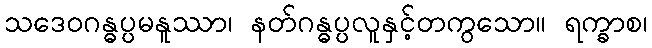
သဒေဝဂန္ဓပ္ပမနူဿာ၊ နတ်ဂန္ဓပ္ပလူနှင့်တကွသော။ ရက္ခာစ၊